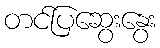
တင်ပြဆွေးနွေး